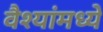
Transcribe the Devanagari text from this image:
वैश्यांमध्ये